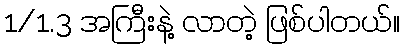
1/1.3 အကြီးနဲ့ လာတဲ့ ဖြစ်ပါတယ်။